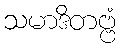
သမာဒိတဗ္ဗံ